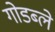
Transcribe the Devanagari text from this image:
गोडब्ले